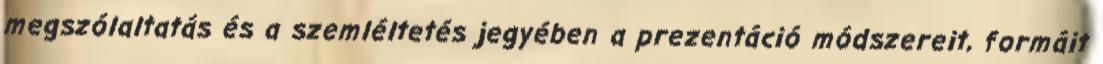
megszólaltatás és a szemléltetés jegyében a prezentáció módszereit, formáit